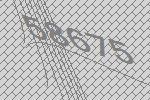
58675